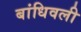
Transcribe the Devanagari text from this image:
बांधिवली